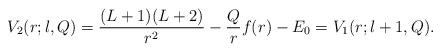
LaTeX: \begin{align*} V_2(r;l,Q) = \frac{(L+1)(L+2)}{r^2} - \frac{Q}{r} f(r) - E_0 = V_1(r;l+1,Q).\end{align*}